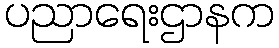
ပညာရေးဌာနက